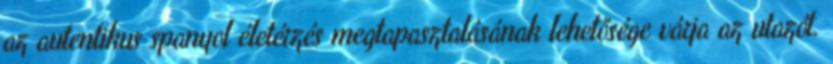
az autentikus spanyol életérzés megtapasztalásának lehetősége várja az utazót.